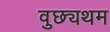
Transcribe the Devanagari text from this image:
वुछ्यथम